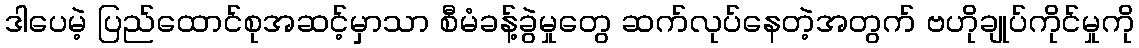
ဒါပေမဲ့ ပြည်ထောင်စုအဆင့်မှာသာ စီမံခန့်ခွဲမှုတွေ ဆက်လုပ်နေတဲ့အတွက် ဗဟိုချုပ်ကိုင်မှုကို